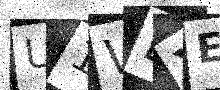
Text: U1WDXE